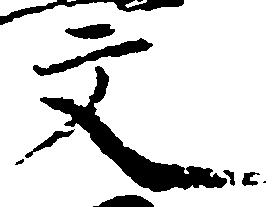
文